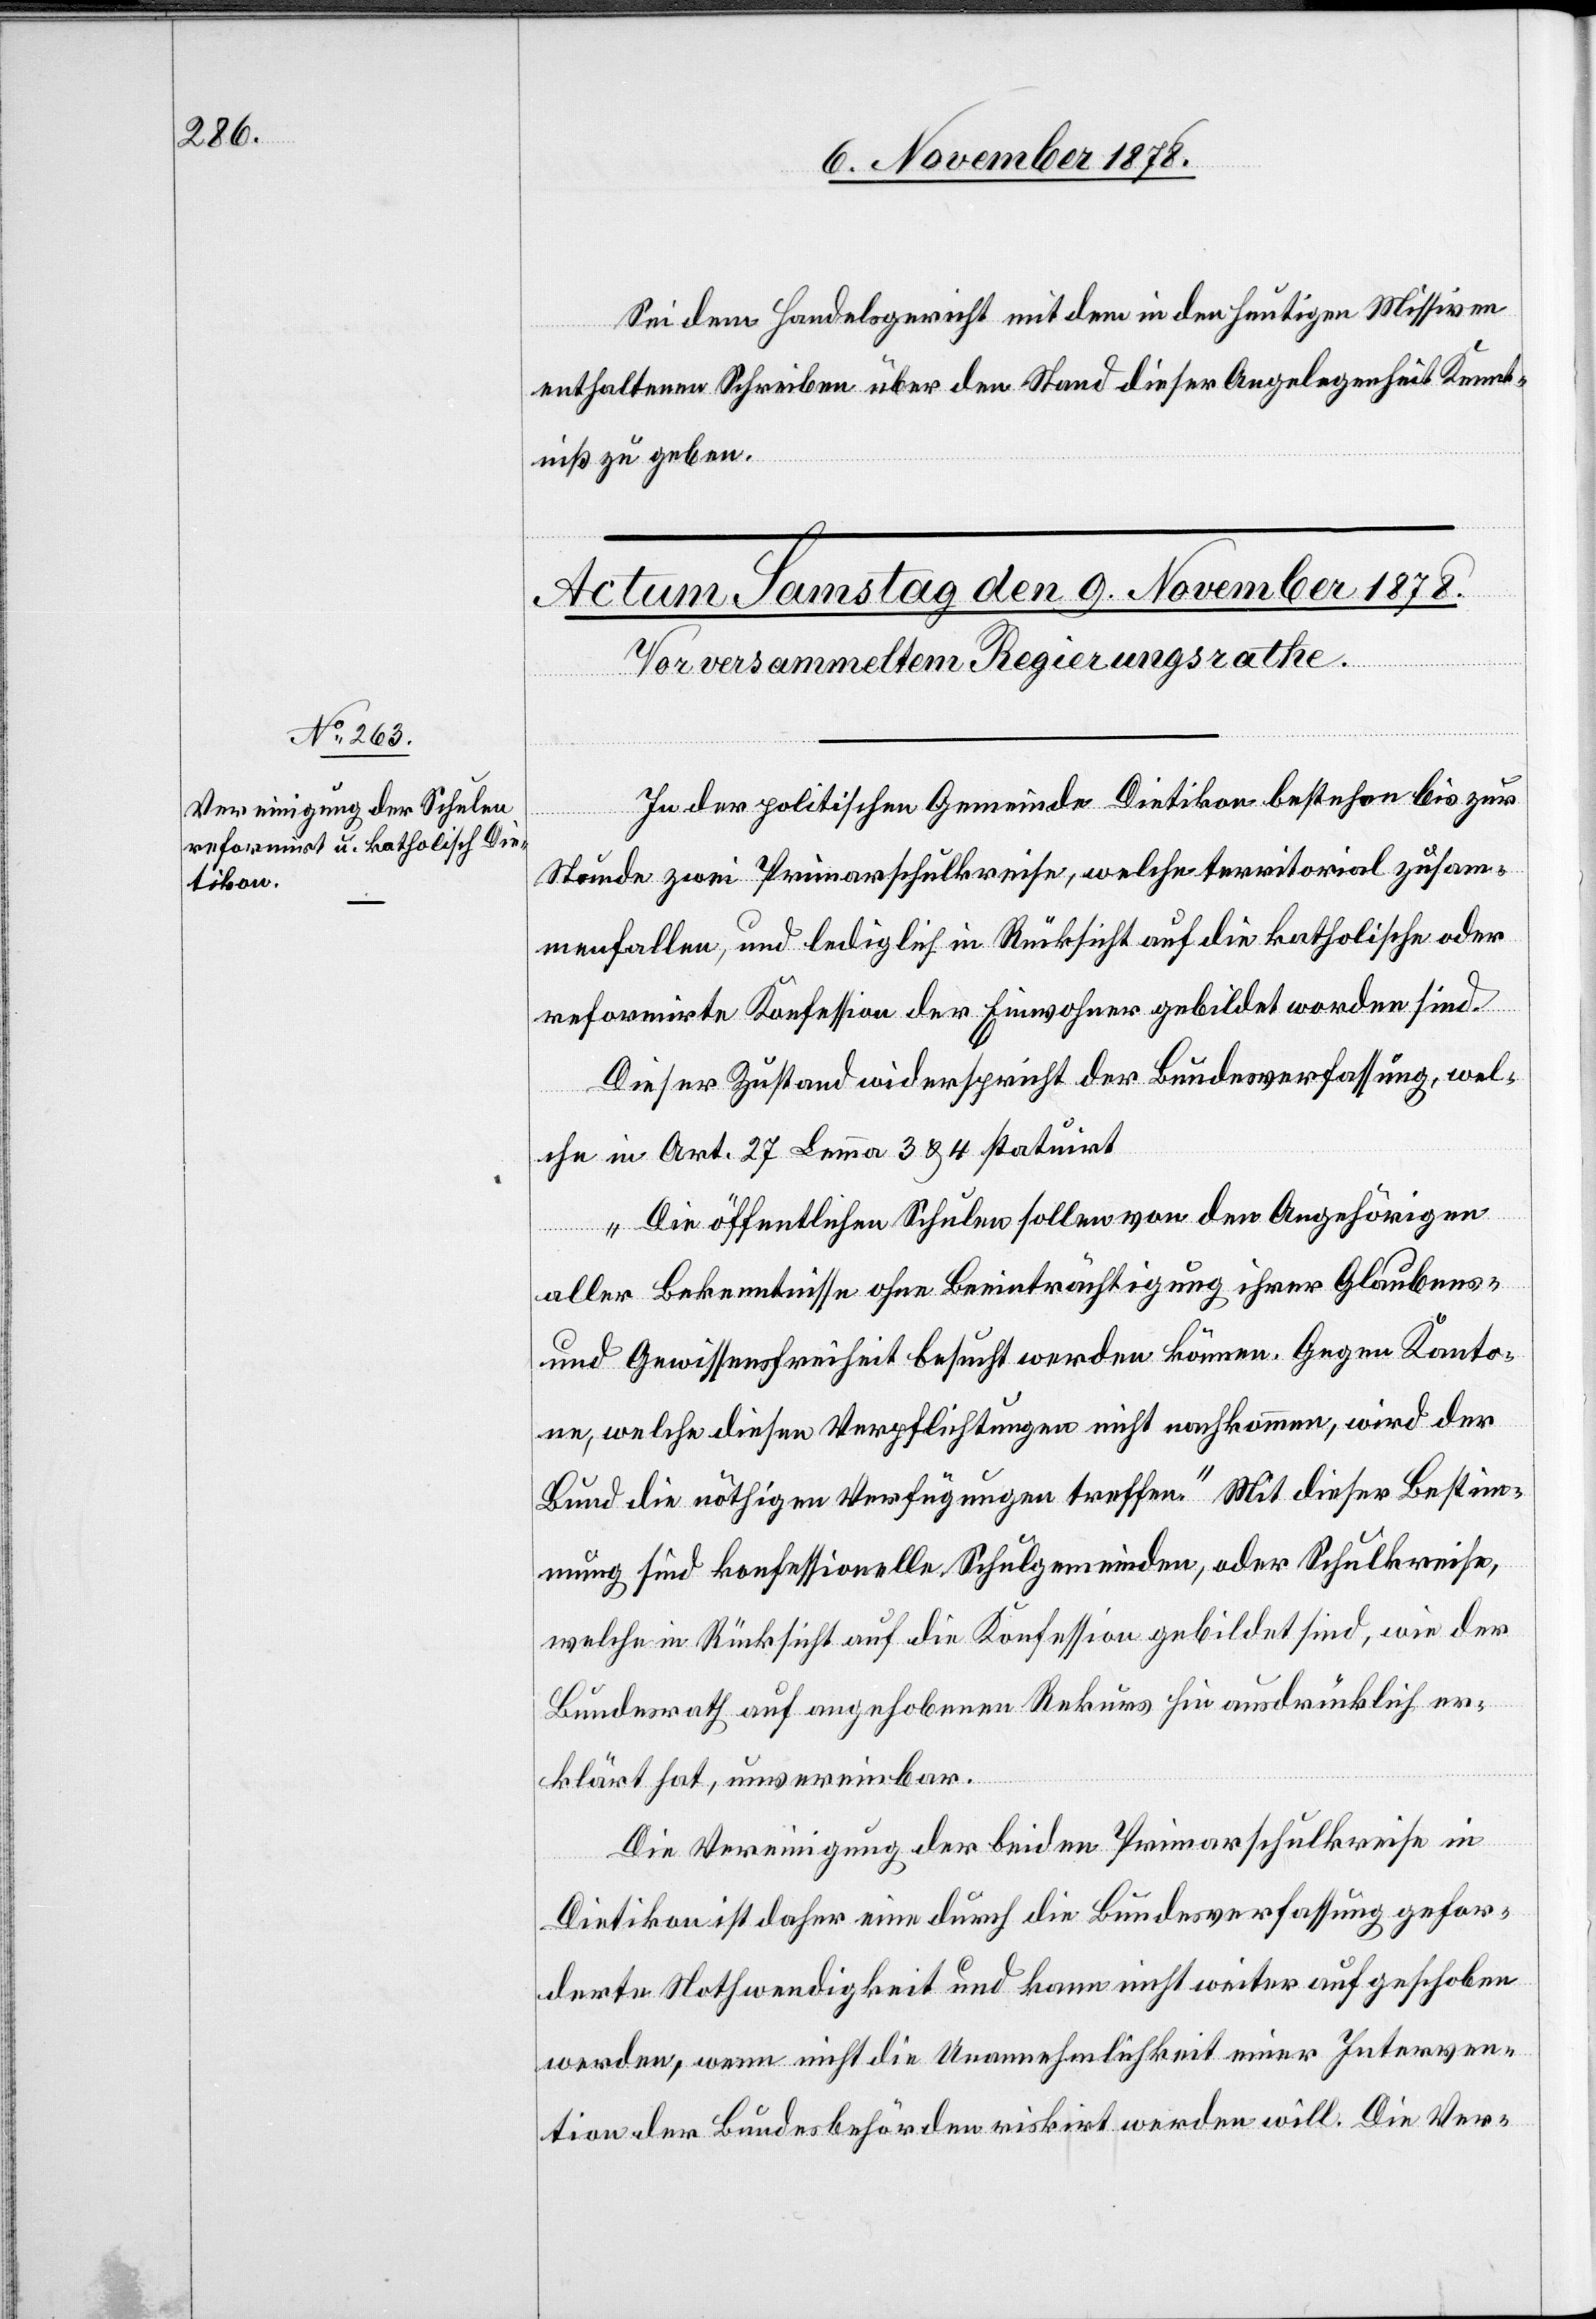
Sei dem Handelsgericht mit dem in den heutigen Missiven
enthaltenen Schreiben über den Stand dieser Angelegenheit Kennt¬
niß zu geben.
In der politischen Gemeinde Dietikon bestehen bis zur
Stunde zwei Primarschulkreise, welche territorial zusam¬
menfallen, und lediglich in Rücksicht auf die katholische oder
reformirte Konfession der Einwohner gebildet worden sind.
Dieser Zustand widerspricht der Bundesverfassung, wel¬
che in Art. 27 Lemma 3 & 4 statuirt.
„Die öffentlichen Schulen sollen von den Angehörigen
aller Bekenntnisse ohne Beeinträchtigung ihrer Glaubens-
und Gewissensfreiheit besucht werden können. Gegen Kanto¬
ne, welche diesen Verpflichtungen nicht nachkommen, wird der
Bund die nöthigen Verfügungen treffen.“ Mit dieser Bestim¬
mung sind konfessionelle Schulgemeinden, oder Schulkreise,
welche in Rücksicht auf die Konfession gebildet sind, wie der
Bundesrath auf angehobenen Rekurs hin ausdrücklich er¬
klärt hat, unvereinbar.
Die Vereinigung der beiden Primarschulkreise in
Dietikon ist daher eine durch die Bundesverfassung gefor¬
derte Nothwendigkeit und kann nicht weiter aufgeschoben
werden, wenn nicht die Unannehmlichkeit einer Interven¬
tion der Bundesbehörden riskirt werden will. Die Ver-